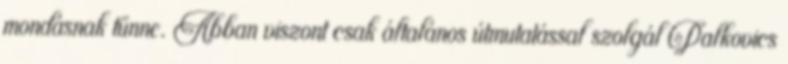
mondásnak tűnne. Abban viszont csak általános útmutatással szolgál Palkovics